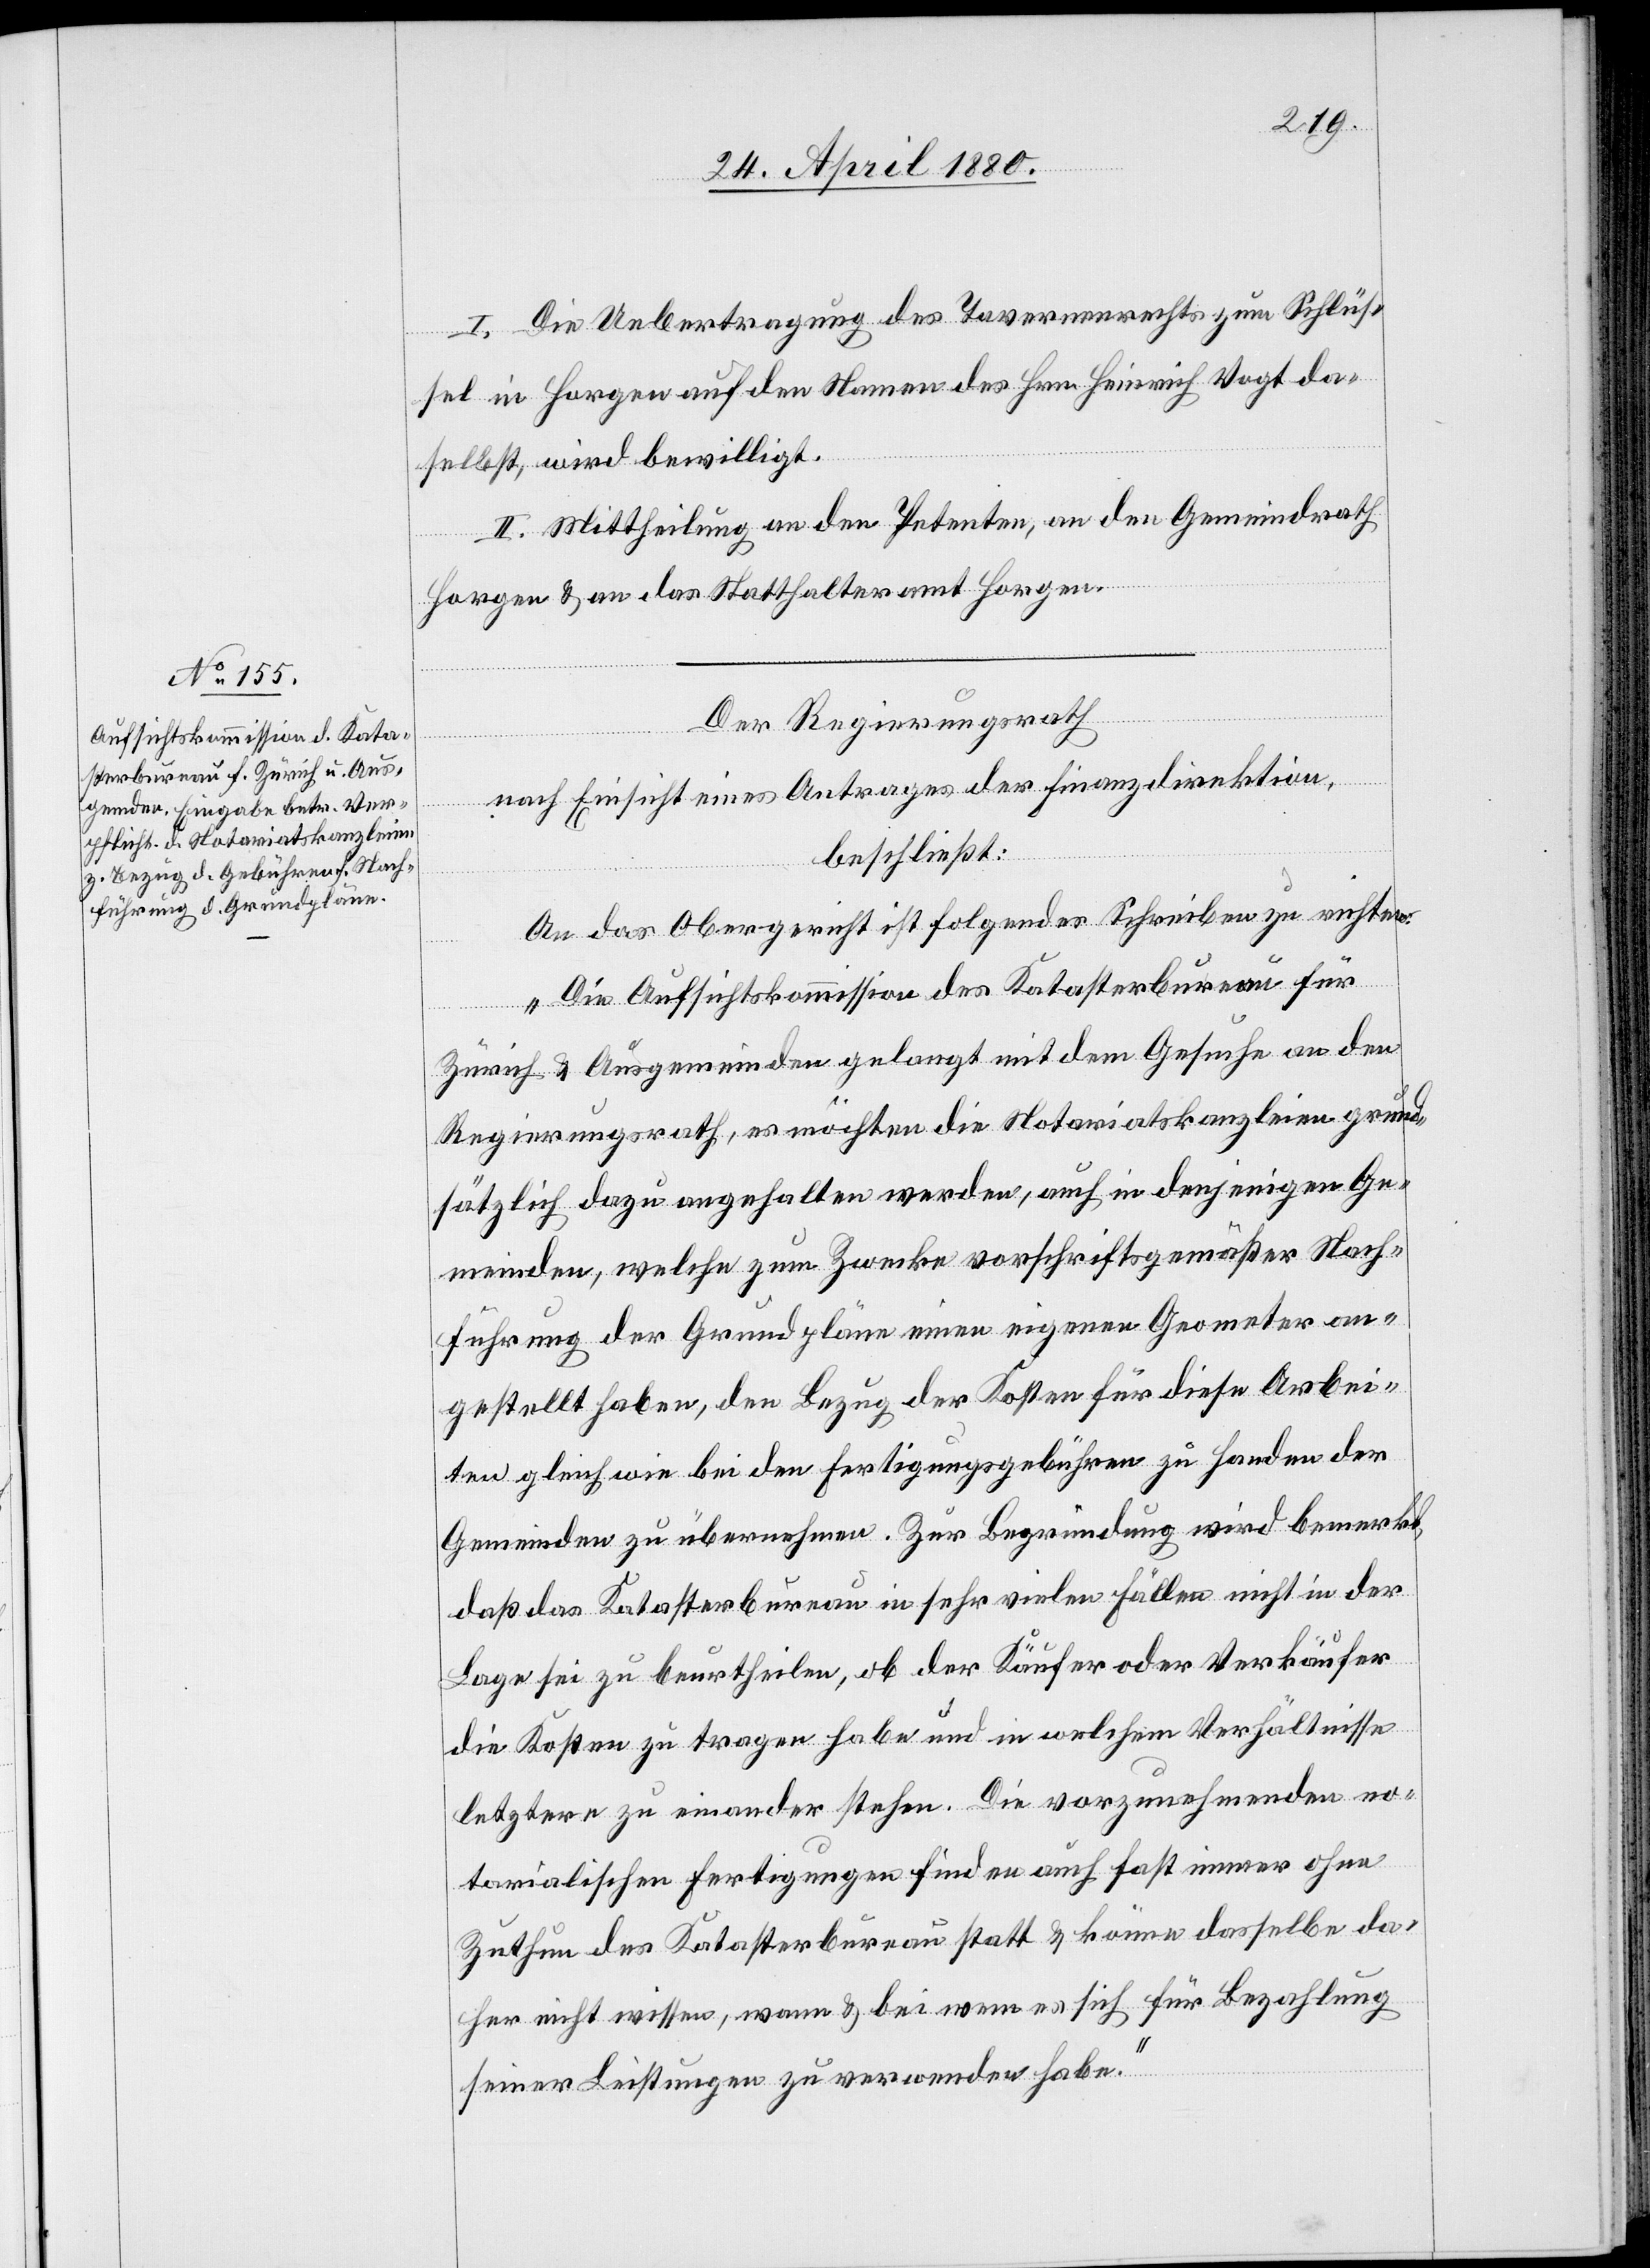
I. Die Uebertragung des Tavernenrechtes zum Schlüs¬
sel in Horgen auf den Namen des Hrn. Heinrich Vogt da¬
selbst, wird bewilligt.
II. Mittheilung an den Petenten, an den Gemeindrath
Horgen & an das Statthalteramt Horgen.
Der Regierungsrath
nach Einsicht eines Antrages der Finanzdirektion,
beschließt:
An das Obergericht ist folgendes Schreiben zu richten:
„Die Aufsichtskommission des Katasterbureau für
Zürich & Ausgemeinden gelangt mit dem Gesuche an den
Regierungsrath, es möchten die Notariatskanzleien grund¬
sätzlich dazu angehalten werden, auch in denjenigen Ge¬
meinden, welche zum Zwecke vorschriftsgemäßer Nach¬
führung der Grundpläne einen eigenen Geometer an¬
gestellt haben, den Bezug der Kosten für diese Arbei¬
ten gleich wie bei den Fertigungsgebühren zu Handen der
Gemeinden zu übernehmen. Zur Begründung wird bemerkt,
daß das Katasterbureau in sehr vielen Fällen nicht in der
Lage sei zu beurtheilen, ob der Käufer oder Verkäufer
die Kosten zu tragen haben und in welchem Verhältnisse
letztere zu einander stehen. Die vorzunehmenden no¬
tarialischen Fertigungen finden auch fast immer ohne
Zuthun des Katasterbureau statt & könne dasselbe da¬
her nicht wissen, wann & bei wem es sich für Bezahlung
seiner Leistungen zu verwenden habe.